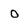
Character: 0